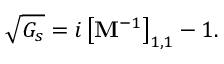
\sqrt { G _ { s } } = i \left[ \mathbf { M } ^ { - 1 } \right] _ { 1 , 1 } - 1 .